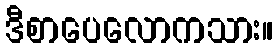
ဒီစာပေလောကသား။